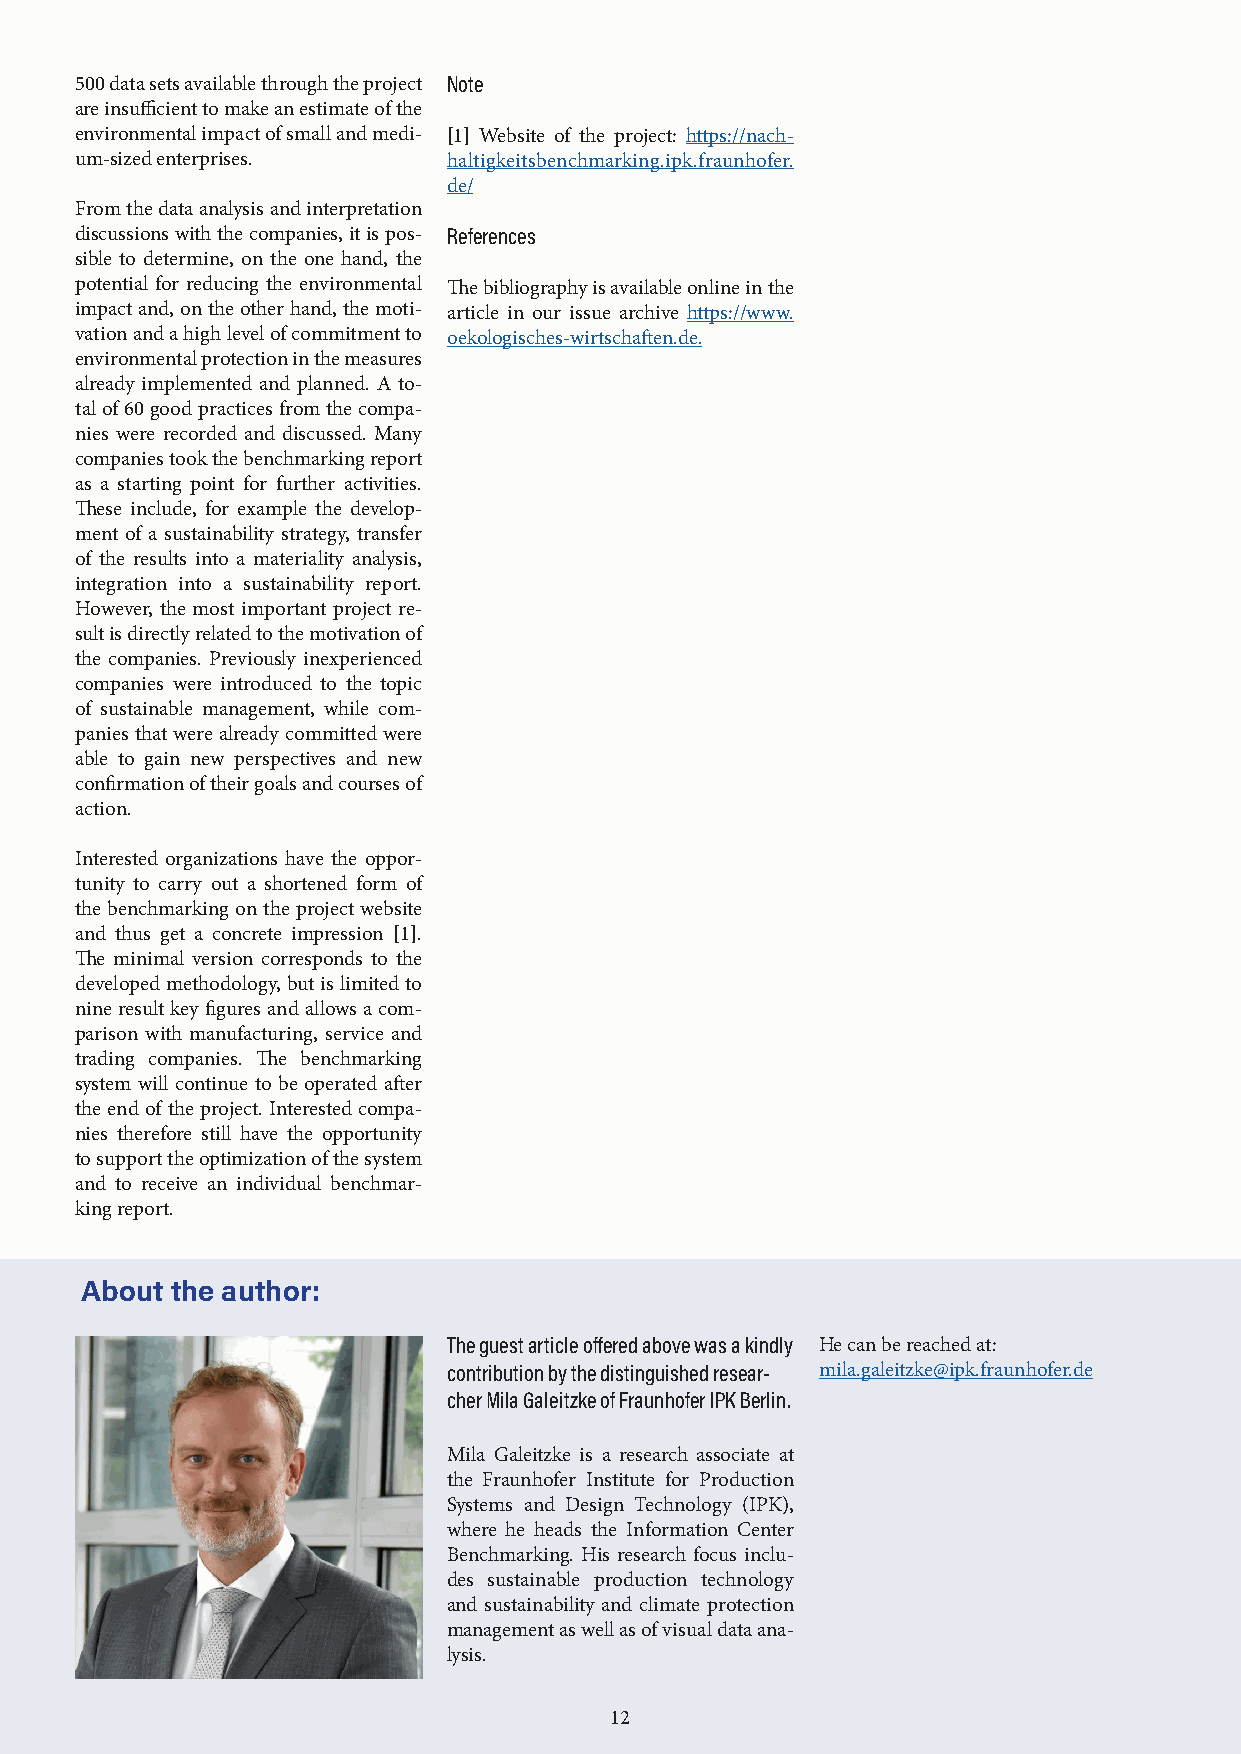
500 data sets available through the project Note
 are insufficient to make an estimate of the
 environmental impact of small and medi- [1] Website of the project: https://nach-
 um-sized enterprises.    haltigkeitsbenchmarking.ipk.fraunhofer.
 de/
 From the data analysis and interpretation
 discussions with the companies, it is pos- References
 sible to determine, on the one hand, the
 potential for reducing the environmental The bibliography is available online in the
 impact and, on the other hand, the moti- article in our issue archive https://www.
 vation and a high level of commitment to oekologisches-wirtschaften.de.
 environmental protection in the measures
 already implemented and planned. A to-
 tal of 60 good practices from the compa-
 nies were recorded and discussed. Many
 companies took the benchmarking report
 as a starting point for further activities.
 These include, for example the develop-
 ment of a sustainability strategy, transfer
 of the results into a materiality analysis,
 integration into a sustainability report.
 However, the most important project re-
 sult is directly related to the motivation of
 the companies. Previously inexperienced
 companies were introduced to the topic
 of sustainable management, while com-
 panies that were already committed were
 able to gain new perspectives and new
 confirmation of their goals and courses of
 action.
 Interested organizations have the oppor-
 tunity to carry out a shortened form of
 the benchmarking on the project website
 and thus get a concrete impression [1].
 The minimal version corresponds to the
 developed methodology, but is limited to
 nine result key figures and allows a com-
 parison with manufacturing, service and
 trading companies. The benchmarking
 system will continue to be operated after
 the end of the project. Interested compa-
 nies therefore still have the opportunity
 to support the optimization of the system
 and to receive an individual benchmar-
 king report.
 About the author:
 The guest article offered above was a kindly He can be reached at:
 contribution by the distinguished resear- mila.galeitzke@ipk.fraunhofer.de
 cher Mila Galeitzke of Fraunhofer IPK Berlin.
 Mila Galeitzke is a research associate at
 the Fraunhofer Institute for Production
 Systems and Design Technology (IPK),
 where he heads the Information Center
 Benchmarking. His research focus inclu-
 des sustainable production technology
 and sustainability and climate protection
 management as well as of visual data ana-
 lysis.
 12